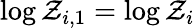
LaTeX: \log\mathcal{Z}_{i,1}=\log\mathcal{Z}_{i}